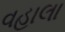
વહાલા